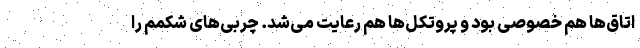
اتاق‌ها هم خصوصی بود و پروتکل‌ها هم رعایت می‌شد. چربی‌های شکمم را